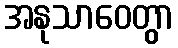
အနုသာဝေတွာ